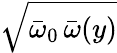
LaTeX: \sqrt{{\bar{\omega}}_{0}\, {\bar{\omega}}(y)}